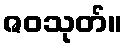
ဇဝသုတ်။